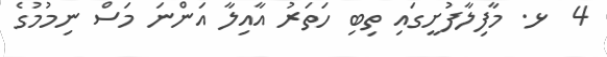
4  ޅ. މާފިލާފުށީގައި ތިބި ހަތަރު އާއިލާ އަންނަ މަސް ނިމުމުގެ